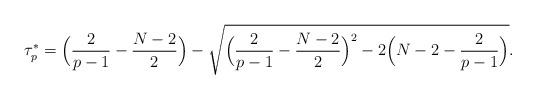
LaTeX: \begin{align*}\tau^*_p=\Big(\frac{2}{p-1}-\frac{N-2}{2}\Big)-\sqrt{\Big(\frac{2}{p-1}-\frac{N-2}{2}\Big)^2-2\Big(N-2-\frac{2}{p-1}\Big)}. \end{align*}